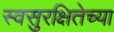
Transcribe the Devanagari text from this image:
स्वसुरक्षितेच्या